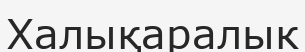
Халықаралык